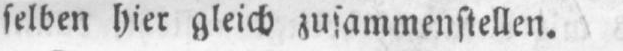
selben hier gleich zusammenstellen.